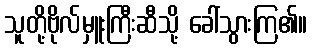
သူတို့ဗိုလ်မှူးကြီးဆီသို့ ခေါ်သွားကြ၏။